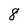
Character: 8